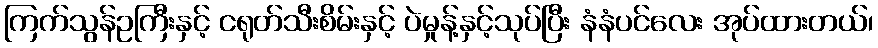
ကြက်သွန်ဥကြီးနှင့် ငရုတ်သီးစိမ်းနှင့် ပဲမှုန့်နှင့်သုပ်ပြီး နံနံပင်လေး အုပ်ထားတယ်၊